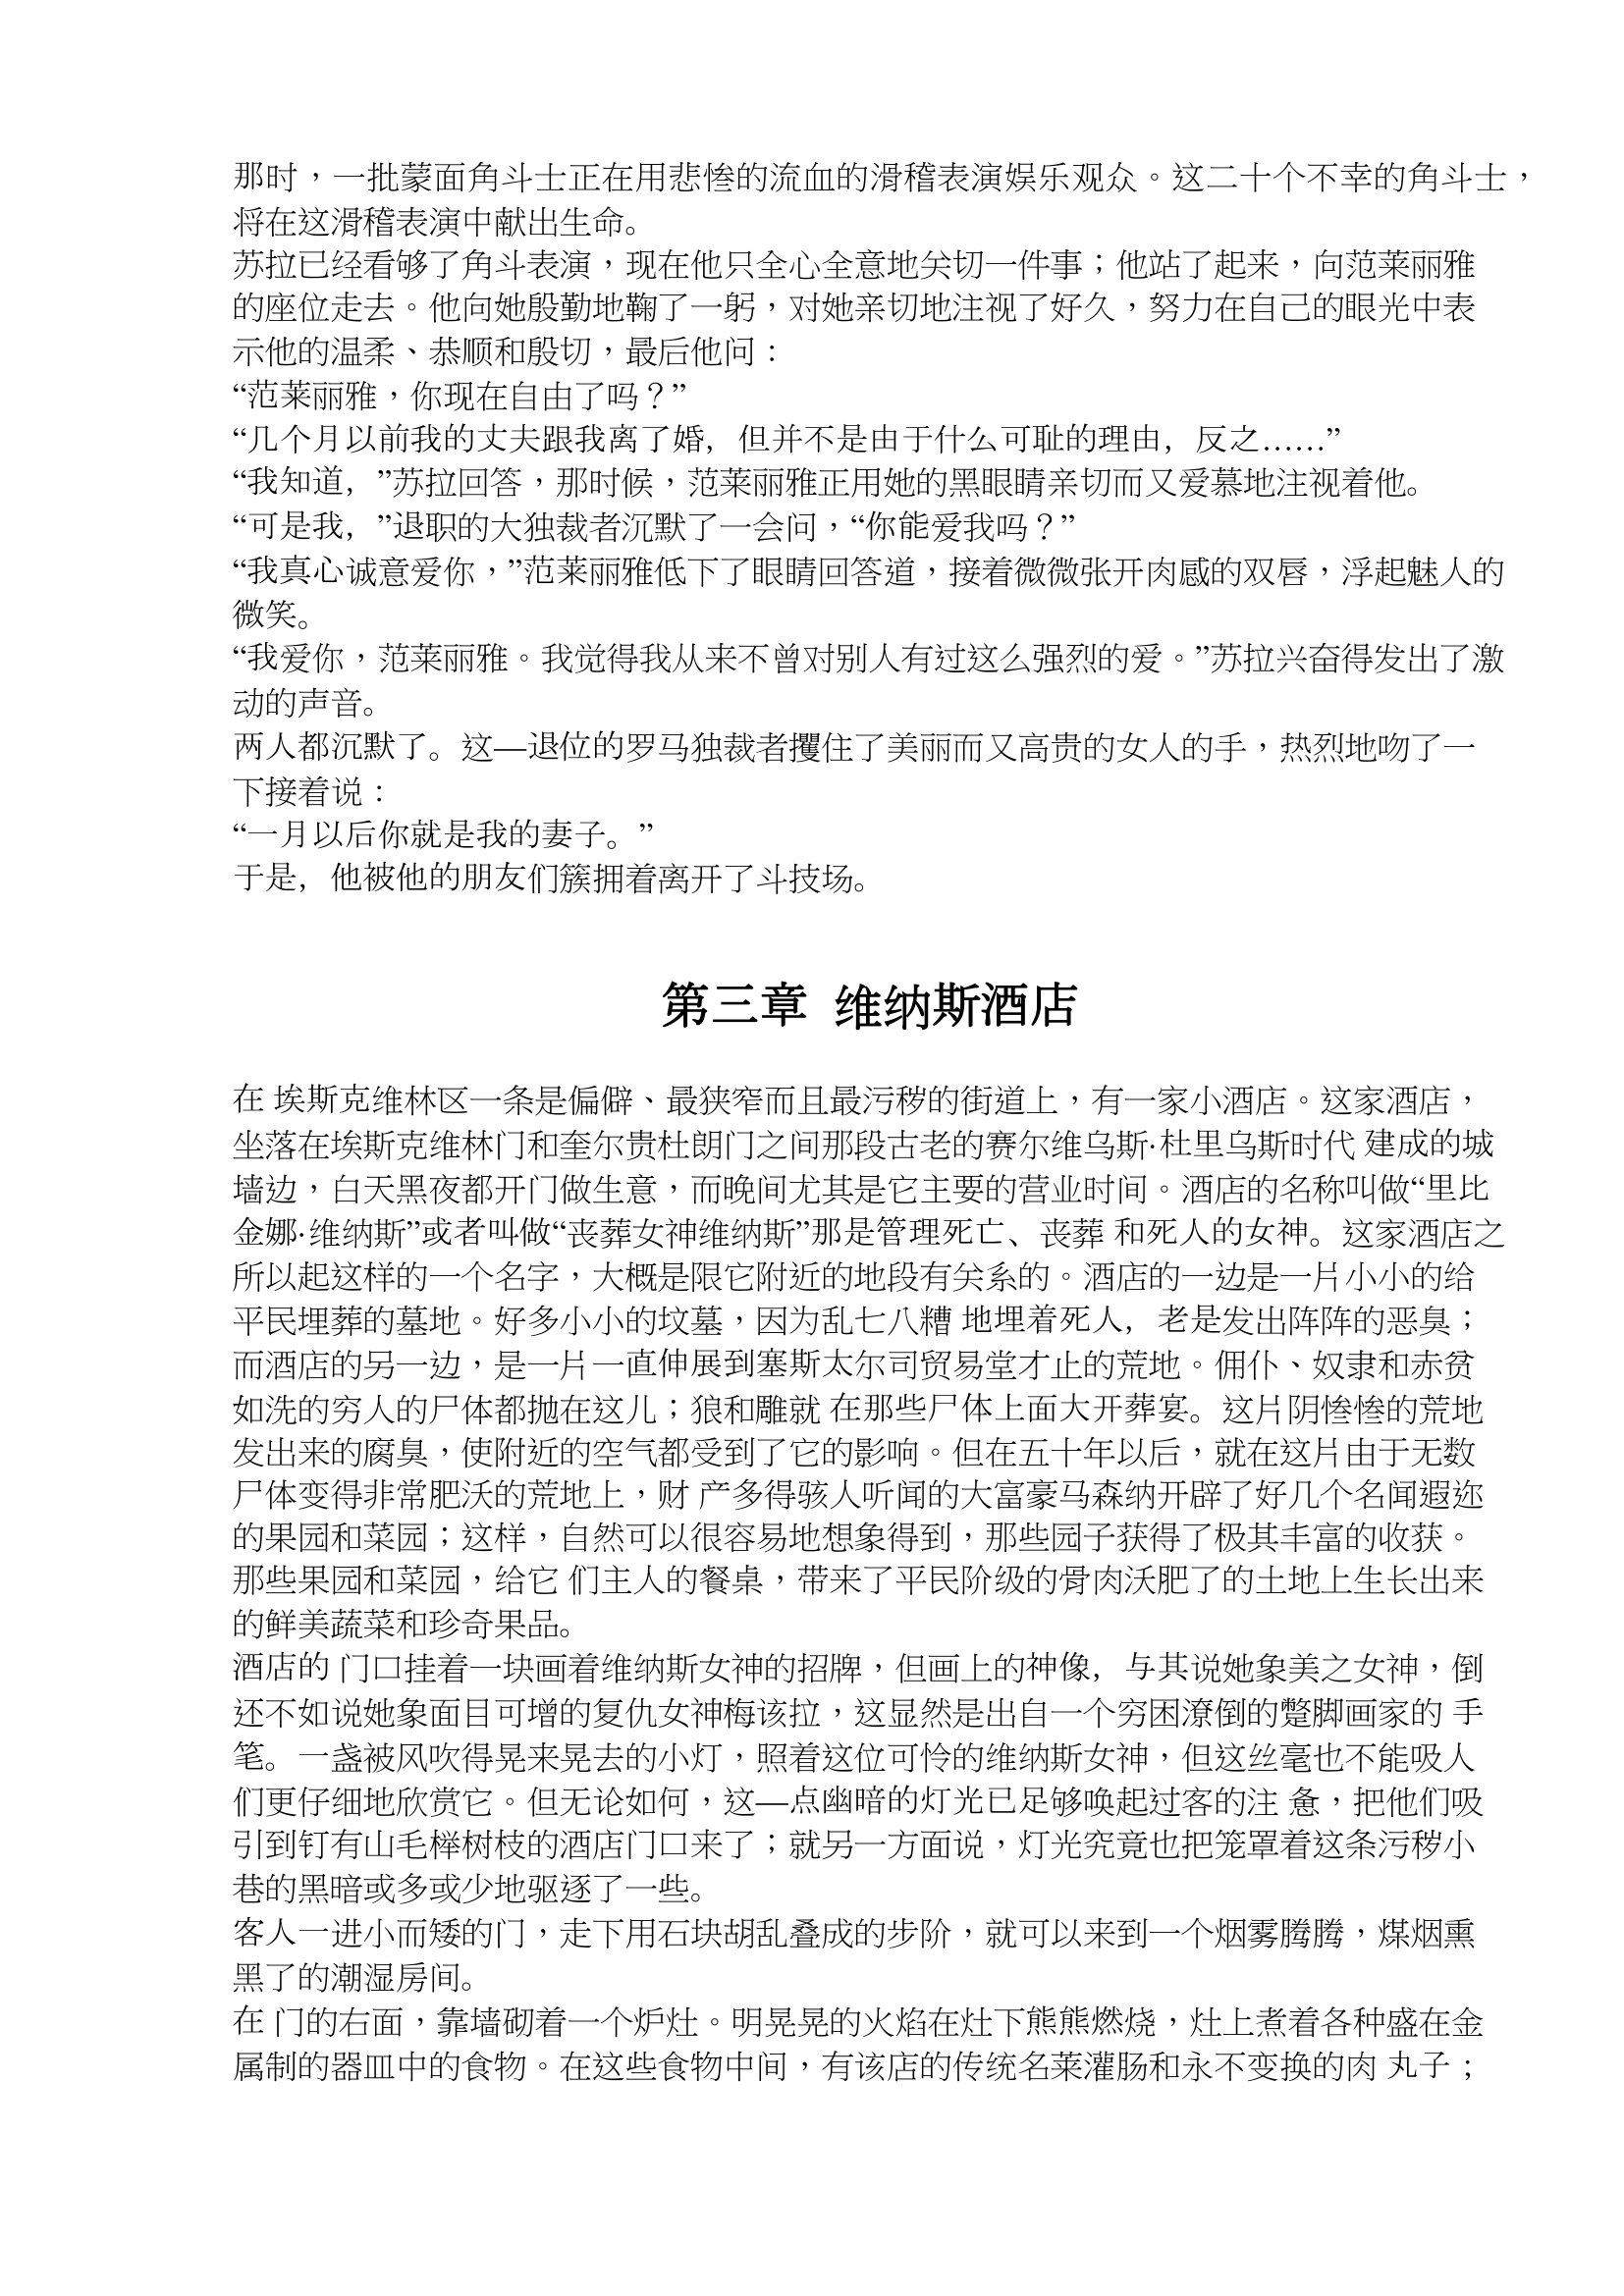
Language: zh